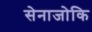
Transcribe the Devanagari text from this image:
सेनाजोकि